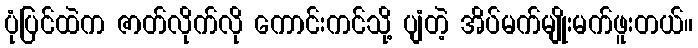
ပုံပြင်ထဲက ဇာတ်လိုက်လို ကောင်းကင်သို့ ပျံတဲ့ အိပ်မက်မျိုးမက်ဖူးတယ်။